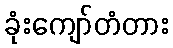
ခုံးကျော်တံတား